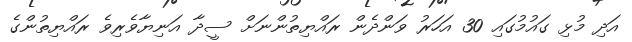
އަދި މުޅި ގައުމުގައި 30 އަހަރު ވަންދެން ރައްޔިތުންނަށް ސީދާ އަނިޔާވެރިވެ ރައްޔިތުންގެ